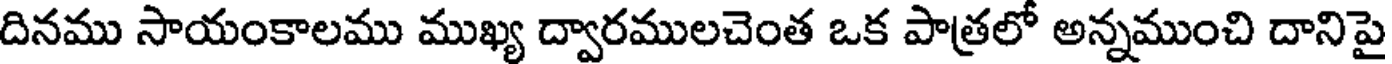
దినము సాయంకాలము ముఖ్య ద్వారములచెంత ఒక పాత్రలో అన్నముంచి దానిపై